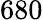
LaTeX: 680